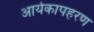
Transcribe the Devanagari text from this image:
आर्यकापहरण